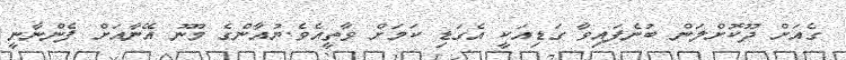
ގެއަށް ދޫކޮށްލަން ބުނެފައިވާ ގަޑިއަކީ އެގަޑި ކަމަށް ވާތީއެވެ.ޔުއާންގެ މޫނު އޭނާއަށް ފެންނާނީ